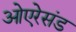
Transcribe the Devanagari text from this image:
ओएरेसंड